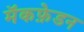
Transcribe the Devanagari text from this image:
मॅकफ़ेडन